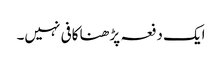
ایک دفعہ پڑھنا کافی نہیں۔